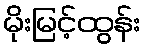
မိုးမြင့်ထွန်း